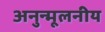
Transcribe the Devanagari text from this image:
अनुन्मूलनीय